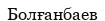
Болғанбаев